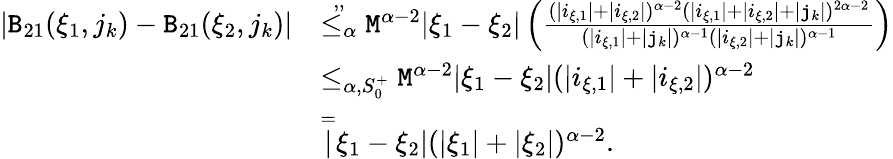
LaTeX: \begin{array}{rl}{|\mathtt{B}_{21}(\xi_{1},j_{k})-\mathtt{B}_{21}(\xi_{2},j_{k})|}&{\overset{,,}{\le_{\alpha}}\mathtt{M}^{\alpha-2}|\xi_{1}-\xi_{2}|\left(\frac{(|i_{\xi,1}|+|i_{\xi,2}|)^{\alpha-2}(|i_{\xi,1}|+|i_{\xi,2}|+|\mathtt{j}_{k}|)^{2\alpha-2}}{(|i_{\xi,1}|+|\mathtt{j}_{k}|)^{\alpha-1}(|i_{\xi,2}|+|\mathtt{j}_{k}|)^{\alpha-1}}\right)}\\ &{\le_{\alpha,S_{0}^{+}}\mathtt{M}^{\alpha-2}|\xi_{1}-\xi_{2}|(|i_{\xi,1}|+|i_{\xi,2}|)^{\alpha-2}}\\ &{\overset=|\xi_{1}-\xi_{2}|(|\xi_{1}|+|\xi_{2}|)^{\alpha-2}.}\end{array}